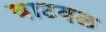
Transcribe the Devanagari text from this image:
घाटवळ